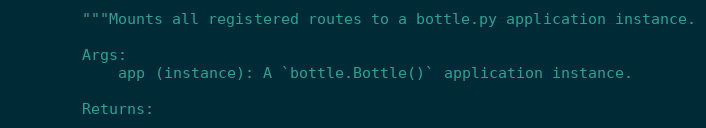
Language: Python
        """Mounts all registered routes to a bottle.py application instance.

        Args:
            app (instance): A `bottle.Bottle()` application instance.

        Returns: